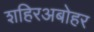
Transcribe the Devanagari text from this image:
शहिरअबोहर